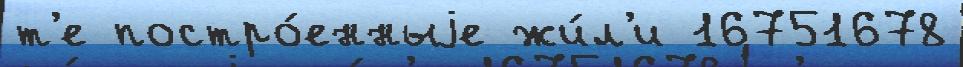
т'е постро́енныjе жи́л'и 16751678